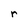
Character: r